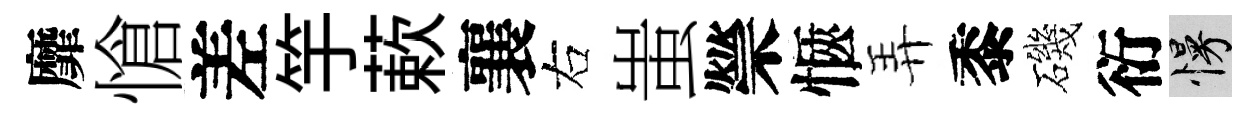
靡愴差竽蔌襄右蚩禜愜弄黍磯衍慢